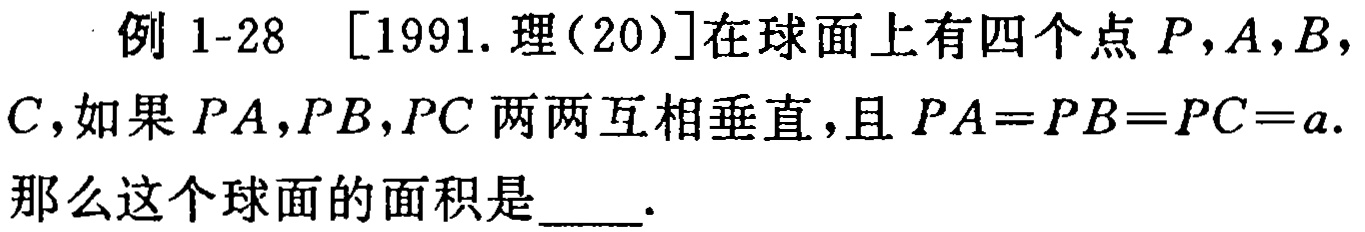
例 1-28 [1991. 理(20)]在球面上有四个点 \(P,A,B,C\)，如果 \(PA,PB,PC\) 两两互相垂直，且 \(PA = PB = PC = a\). 那么这个球面的面积是____.